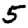
Digit: 5